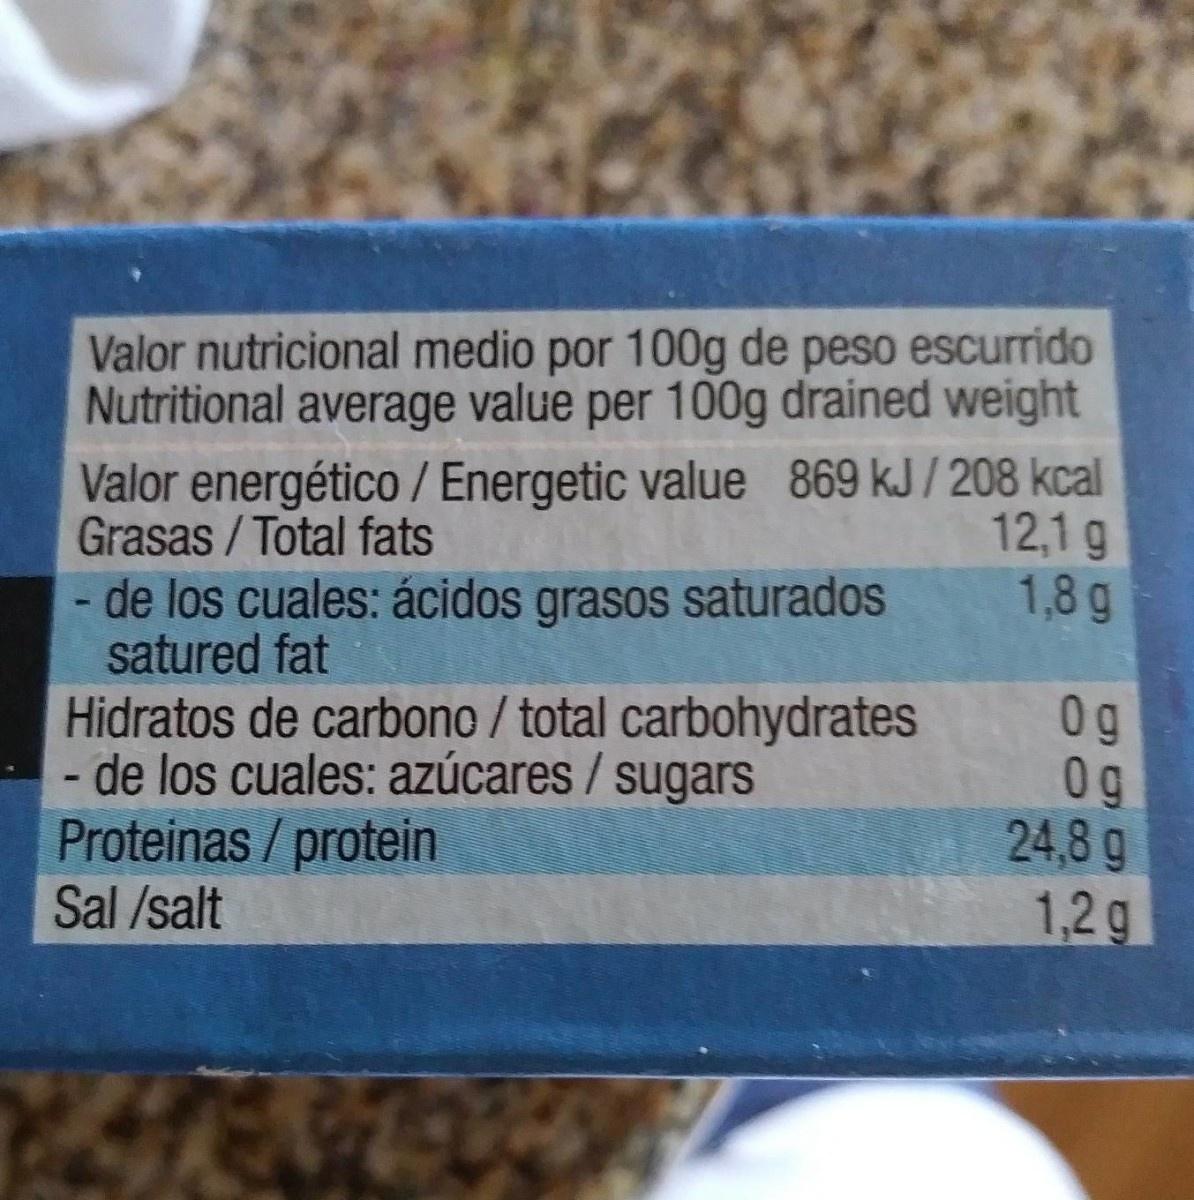
Valor nutricional medio por 100g de peso escurrido Nutritional average value per 100g drained weight
Valor energético / Energetic value 869 kJ/208 kcal 12,1 g
Grasas / Total fats
1,8 g
de los cuales: ácidos grasos saturados satured fat
Hidratos de carbono / total carbohydrates de los cuales: azúcares / sugars Proteinas/protein Sal /salt
0g 0g 24,8 g
1,2g